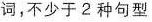
词，不少于2种句型